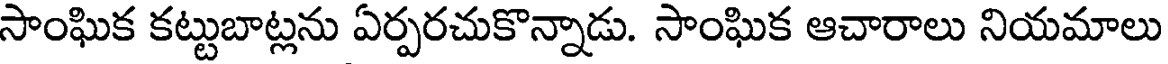
సాంఘిక కట్టుబాట్లను ఏర్పరచుకొన్నాడు. సాంఘిక ఆచారాలు నియమాలు